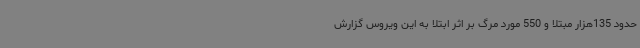
حدود 135هزار مبتلا و 550 مورد مرگ بر اثر ابتلا به این ویروس گزارش